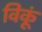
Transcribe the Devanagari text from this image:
विकूं